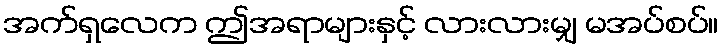
အက်ရှလေက ဤအရာများနှင့် လားလားမျှ မအပ်စပ်။